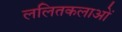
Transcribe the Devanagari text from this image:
ललितकलाओं